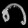
Digit: ၈